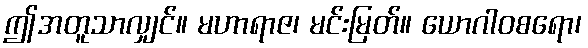
ဤအတူသာလျှင်။ မဟာရာဇ၊ မင်းမြတ်။ ယောဂါဝစရော၊